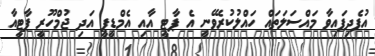
އުފެދިފައިވާ މައްސަލަތައް ހައްލުކުރެވޭނީ އެ ޕާޓީ އާއި އެމްޑީޕީ އަދި ޖުމްހޫރީ ޕާޓީއާ